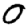
Digit: 0